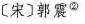
〔宋〕郭震^{②}